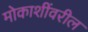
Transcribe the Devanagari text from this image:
मोकाशींवरील